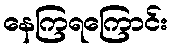
နေကြရကြောင်း